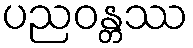
ပညဝန္တဿ